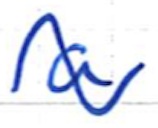
Text: a
Cross-out: wave
Writing tool: ballpoint